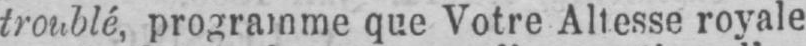
troublé, programme que Votre Altesse royale